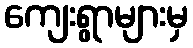
ကျေးရွာများမှ